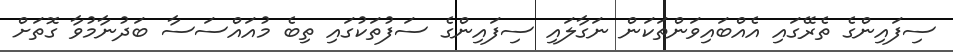
ސިފައިންގެ ތެރޭގައި އެއްބައިވަންތަކަން ނަގާލައި ސިފައިންގެ ސަފުތަކުގައި ތިބެ މުއައްސަސާ ބަދުނާމުވާ ގޮތަށް